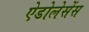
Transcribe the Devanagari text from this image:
ऐडोलेसेंस